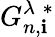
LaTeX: G_{n,\mathbf{i}}^{\lambda\; *}